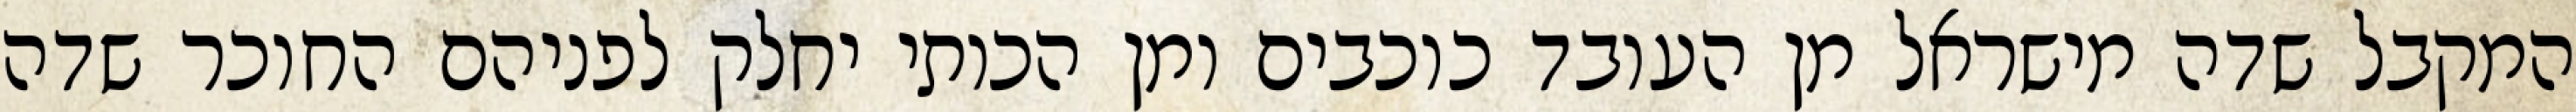
המקבל שדה מישראל מן העובד כוכבים ומן הכותי יחלק לפניהם החוכר שדה